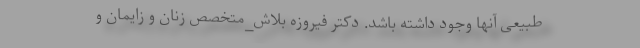
طبیعی آنها وجود داشته باشد. دکتر فیروزه بلاش_متخصص زنان و زایمان و